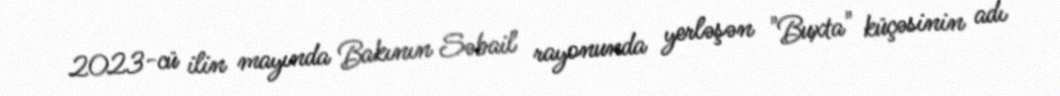
2023-cü ilin mayında Bakının Səbail rayonunda yerləşən "Buxta" küçəsinin adı